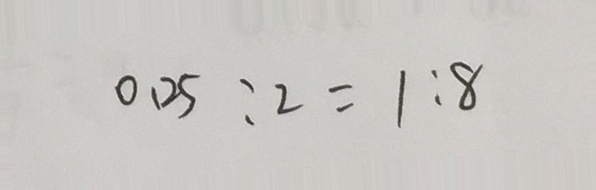
0 . 2 5 : 2 = 1 : 8